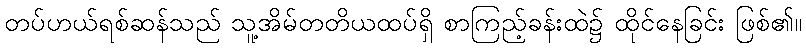
တပ်ဟယ်ရစ်ဆန်သည် သူ့အိမ်တတိယထပ်ရှိ စာကြည့်ခန်းထဲ၌ ထိုင်နေခြင်း ဖြစ်၏။